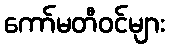
ကော်မတီဝင်များ